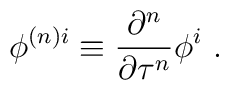
\phi^{{ (n)} i} \equiv  \frac{\partial^n}{\partial  \tau^n} \phi^i  \ .